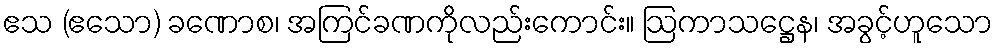
ဧသ (ဧသော) ခဏောစ၊ အကြင်ခဏကိုလည်းကောင်း။ ဩကာသဋ္ဌေန၊ အခွင့်ဟူသော